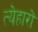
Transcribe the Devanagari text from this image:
त्येहारों